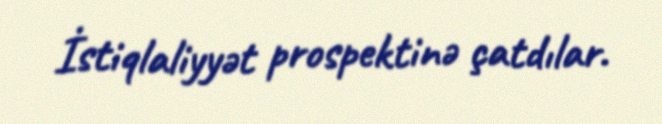
İstiqlaliyyət prospektinə çatdılar.